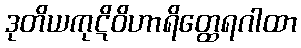
ဒုတိယကုဋိဝိဟာရိတ္ထေရဂါထာ